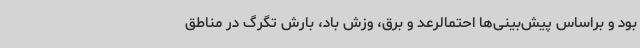
بود و براساس پیش‌بینی‌ها احتمالرعد و برق، وزش باد، بارش تگرگ در مناطق